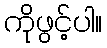
ကိုဖွင့်ပါ။